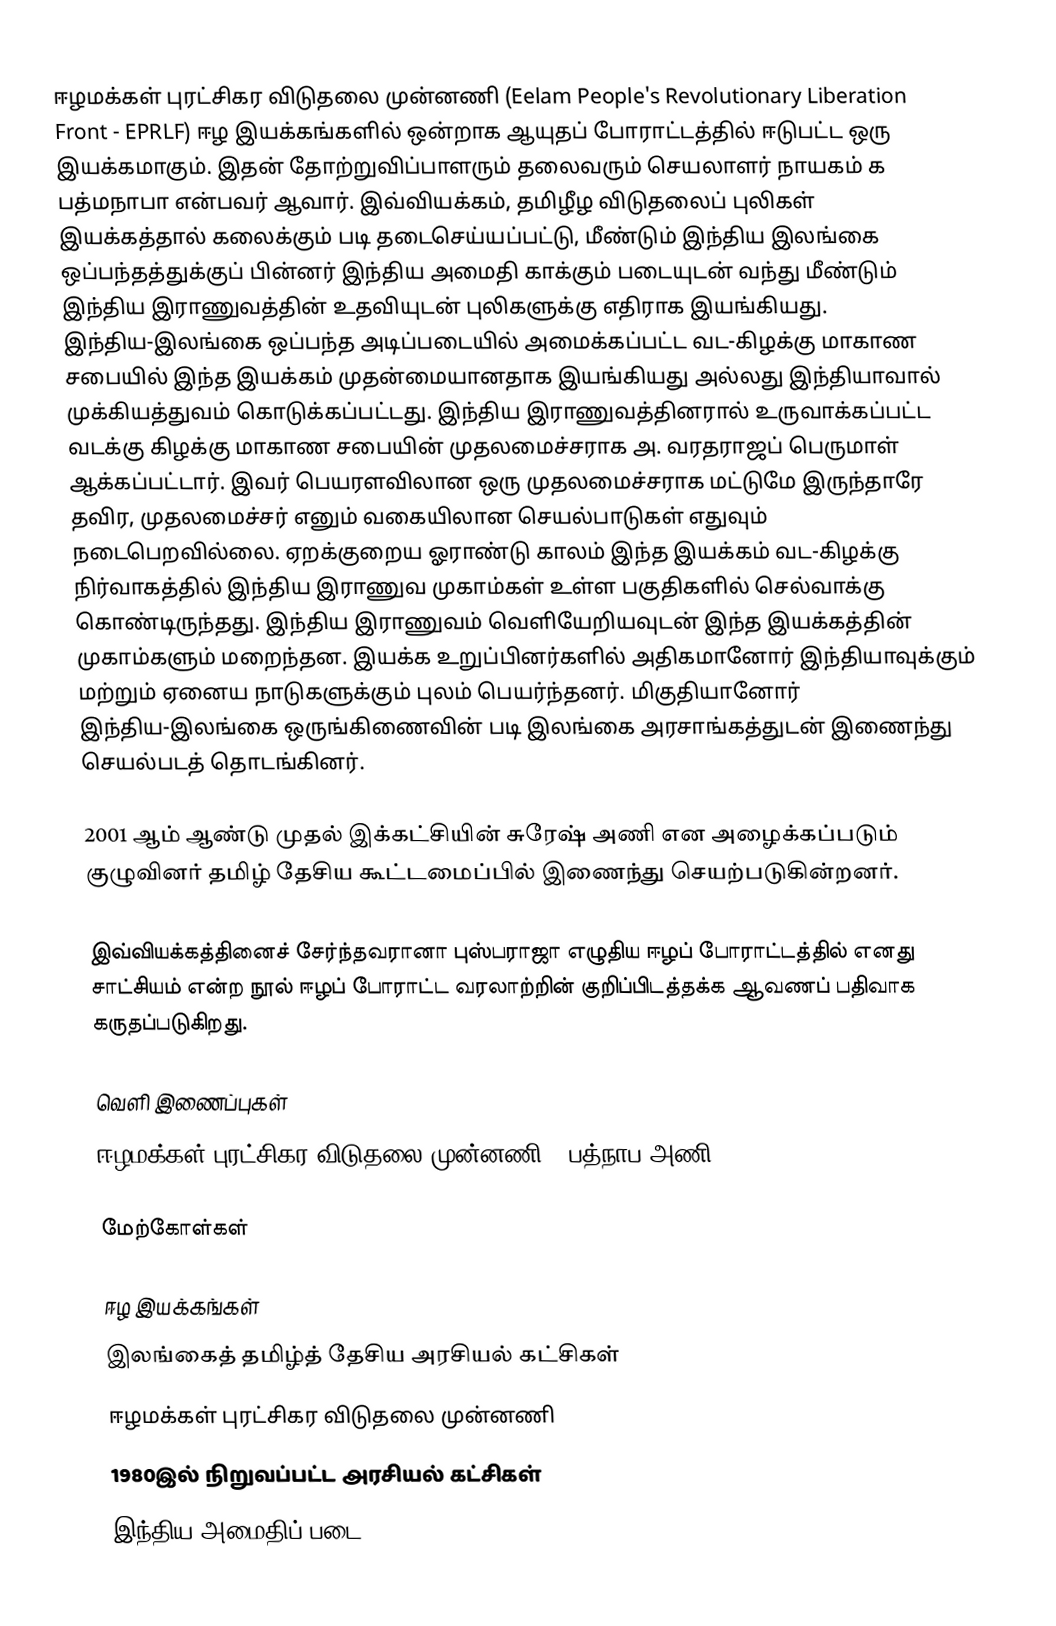
ஈழமக்கள் புரட்சிகர விடுதலை முன்னணி (Eelam People's Revolutionary Liberation Front - EPRLF) ஈழ இயக்கங்களில் ஒன்றாக ஆயுதப் போராட்டத்தில் ஈடுபட்ட ஒரு இயக்கமாகும். இதன் தோற்றுவிப்பாளரும் தலைவரும் செயலாளர் நாயகம் க பத்மநாபா என்பவர் ஆவார். இவ்வியக்கம், தமிழீழ விடுதலைப் புலிகள் இயக்கத்தால் கலைக்கும் படி தடைசெய்யப்பட்டு, மீண்டும் இந்திய இலங்கை ஒப்பந்தத்துக்குப் பின்னர் இந்திய அமைதி காக்கும் படையுடன் வந்து மீண்டும் இந்திய இராணுவத்தின் உதவியுடன் புலிகளுக்கு எதிராக இயங்கியது. இந்திய-இலங்கை ஒப்பந்த அடிப்படையில் அமைக்கப்பட்ட வட-கிழக்கு மாகாண சபையில் இந்த இயக்கம் முதன்மையானதாக இயங்கியது அல்லது இந்தியாவால் முக்கியத்துவம் கொடுக்கப்பட்டது. இந்திய இராணுவத்தினரால் உருவாக்கப்பட்ட வடக்கு கிழக்கு மாகாண சபையின் முதலமைச்சராக  அ. வரதராஜப் பெருமாள் ஆக்கப்பட்டார். இவர் பெயரளவிலான ஒரு முதலமைச்சராக மட்டுமே இருந்தாரே தவிர, முதலமைச்சர்  எனும் வகையிலான செயல்பாடுகள் எதுவும் நடைபெறவில்லை. ஏறக்குறைய ஓராண்டு காலம் இந்த இயக்கம் வட-கிழக்கு நிர்வாகத்தில் இந்திய இராணுவ முகாம்கள் உள்ள பகுதிகளில் செல்வாக்கு கொண்டிருந்தது. இந்திய இராணுவம் வெளியேறியவுடன் இந்த இயக்கத்தின் முகாம்களும் மறைந்தன. இயக்க உறுப்பினர்களில் அதிகமானோர் இந்தியாவுக்கும் மற்றும் ஏனைய நாடுகளுக்கும் புலம் பெயர்ந்தனர். மிகுதியானோர் இந்திய-இலங்கை ஒருங்கிணைவின் படி இலங்கை அரசாங்கத்துடன் இணைந்து செயல்படத் தொடங்கினர்.

2001 ஆம் ஆண்டு முதல் இக்கட்சியின் சுரேஷ் அணி என அழைக்கப்படும் குழுவினர் தமிழ் தேசிய கூட்டமைப்பில் இணைந்து செயற்படுகின்றனர்.

இவ்வியக்கத்தினைச் சேர்ந்தவரானா புஸ்பராஜா எழுதிய ஈழப் போராட்டத்தில் எனது சாட்சியம் என்ற நூல் ஈழப் போராட்ட வரலாற்றின் குறிப்பிடத்தக்க ஆவணப் பதிவாக கருதப்படுகிறது.

வெளி இணைப்புகள்
 ஈழமக்கள் புரட்சிகர விடுதலை முன்னணி  - பத்நாப அணி

மேற்கோள்கள்

ஈழ இயக்கங்கள்
இலங்கைத் தமிழ்த் தேசிய அரசியல் கட்சிகள்
ஈழமக்கள் புரட்சிகர விடுதலை முன்னணி
1980இல் நிறுவப்பட்ட அரசியல் கட்சிகள்
இந்திய அமைதிப் படை